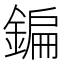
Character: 鍽